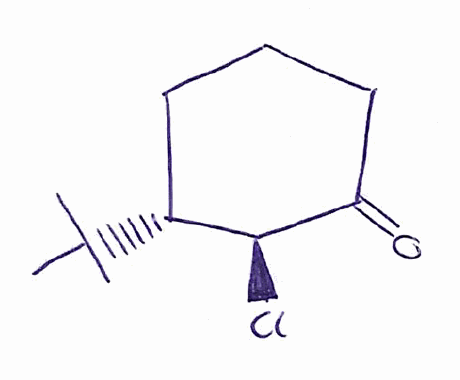
Simplified molecular-input line-entry system (SMILES) notation of the given molecule:
CC(C)(C)[C@@H]1CCCC(=O)[C@H]1Cl